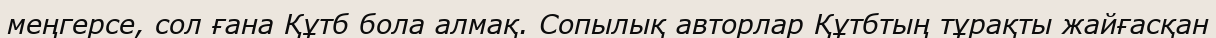
меңгерсе, сол ғана Құтб бола алмақ. Сопылық авторлар Құтбтың тұрақты жайғасқан